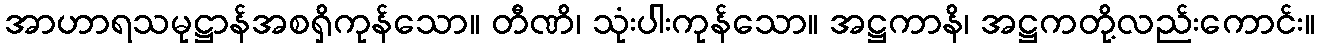
အာဟာရသမုဋ္ဌာန်အစရှိကုန်သော။ တီဏိ၊ သုံးပါးကုန်သော။ အဋ္ဌကာနိ၊ အဋ္ဌကတို့လည်းကောင်း။